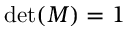
\operatorname* { d e t } ( M ) = 1